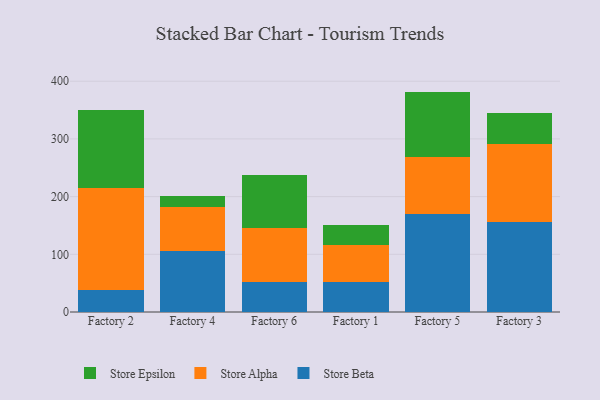
{"axis": {"x": "Factory", "y": "Page Views"}, "legend": ["Store Alpha", "Store Beta", "Store Epsilon"], "data": [{"x": "Factory 2", "y": 37.5, "type": "Store Beta"}, {"x": "Factory 2", "y": 177.4, "type": "Store Alpha"}, {"x": "Factory 2", "y": 134.8, "type": "Store Epsilon"}, {"x": "Factory 4", "y": 106.3, "type": "Store Beta"}, {"x": "Factory 4", "y": 75.0, "type": "Store Alpha"}, {"x": "Factory 4", "y": 19.2, "type": "Store Epsilon"}, {"x": "Factory 6", "y": 51.9, "type": "Store Beta"}, {"x": "Factory 6", "y": 93.1, "type": "Store Alpha"}, {"x": "Factory 6", "y": 91.6, "type": "Store Epsilon"}, {"x": "Factory 1", "y": 51.7, "type": "Store Beta"}, {"x": "Factory 1", "y": 64.0, "type": "Store Alpha"}, {"x": "Factory 1", "y": 35.3, "type": "Store Epsilon"}, {"x": "Factory 5", "y": 169.3, "type": "Store Beta"}, {"x": "Factory 5", "y": 98.6, "type": "Store Alpha"}, {"x": "Factory 5", "y": 114.1, "type": "Store Epsilon"}, {"x": "Factory 3", "y": 156.3, "type": "Store Beta"}, {"x": "Factory 3", "y": 135.6, "type": "Store Alpha"}, {"x": "Factory 3", "y": 53.8, "type": "Store Epsilon"}]}